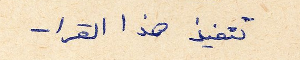
تنفيذ هذا القرار